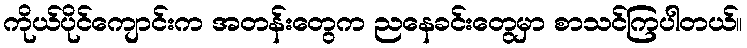
ကိုယ်ပိုင်ကျောင်းက အတန်းတွေက ညနေခင်းတွေမှာ စာသင်ကြပါတယ်။